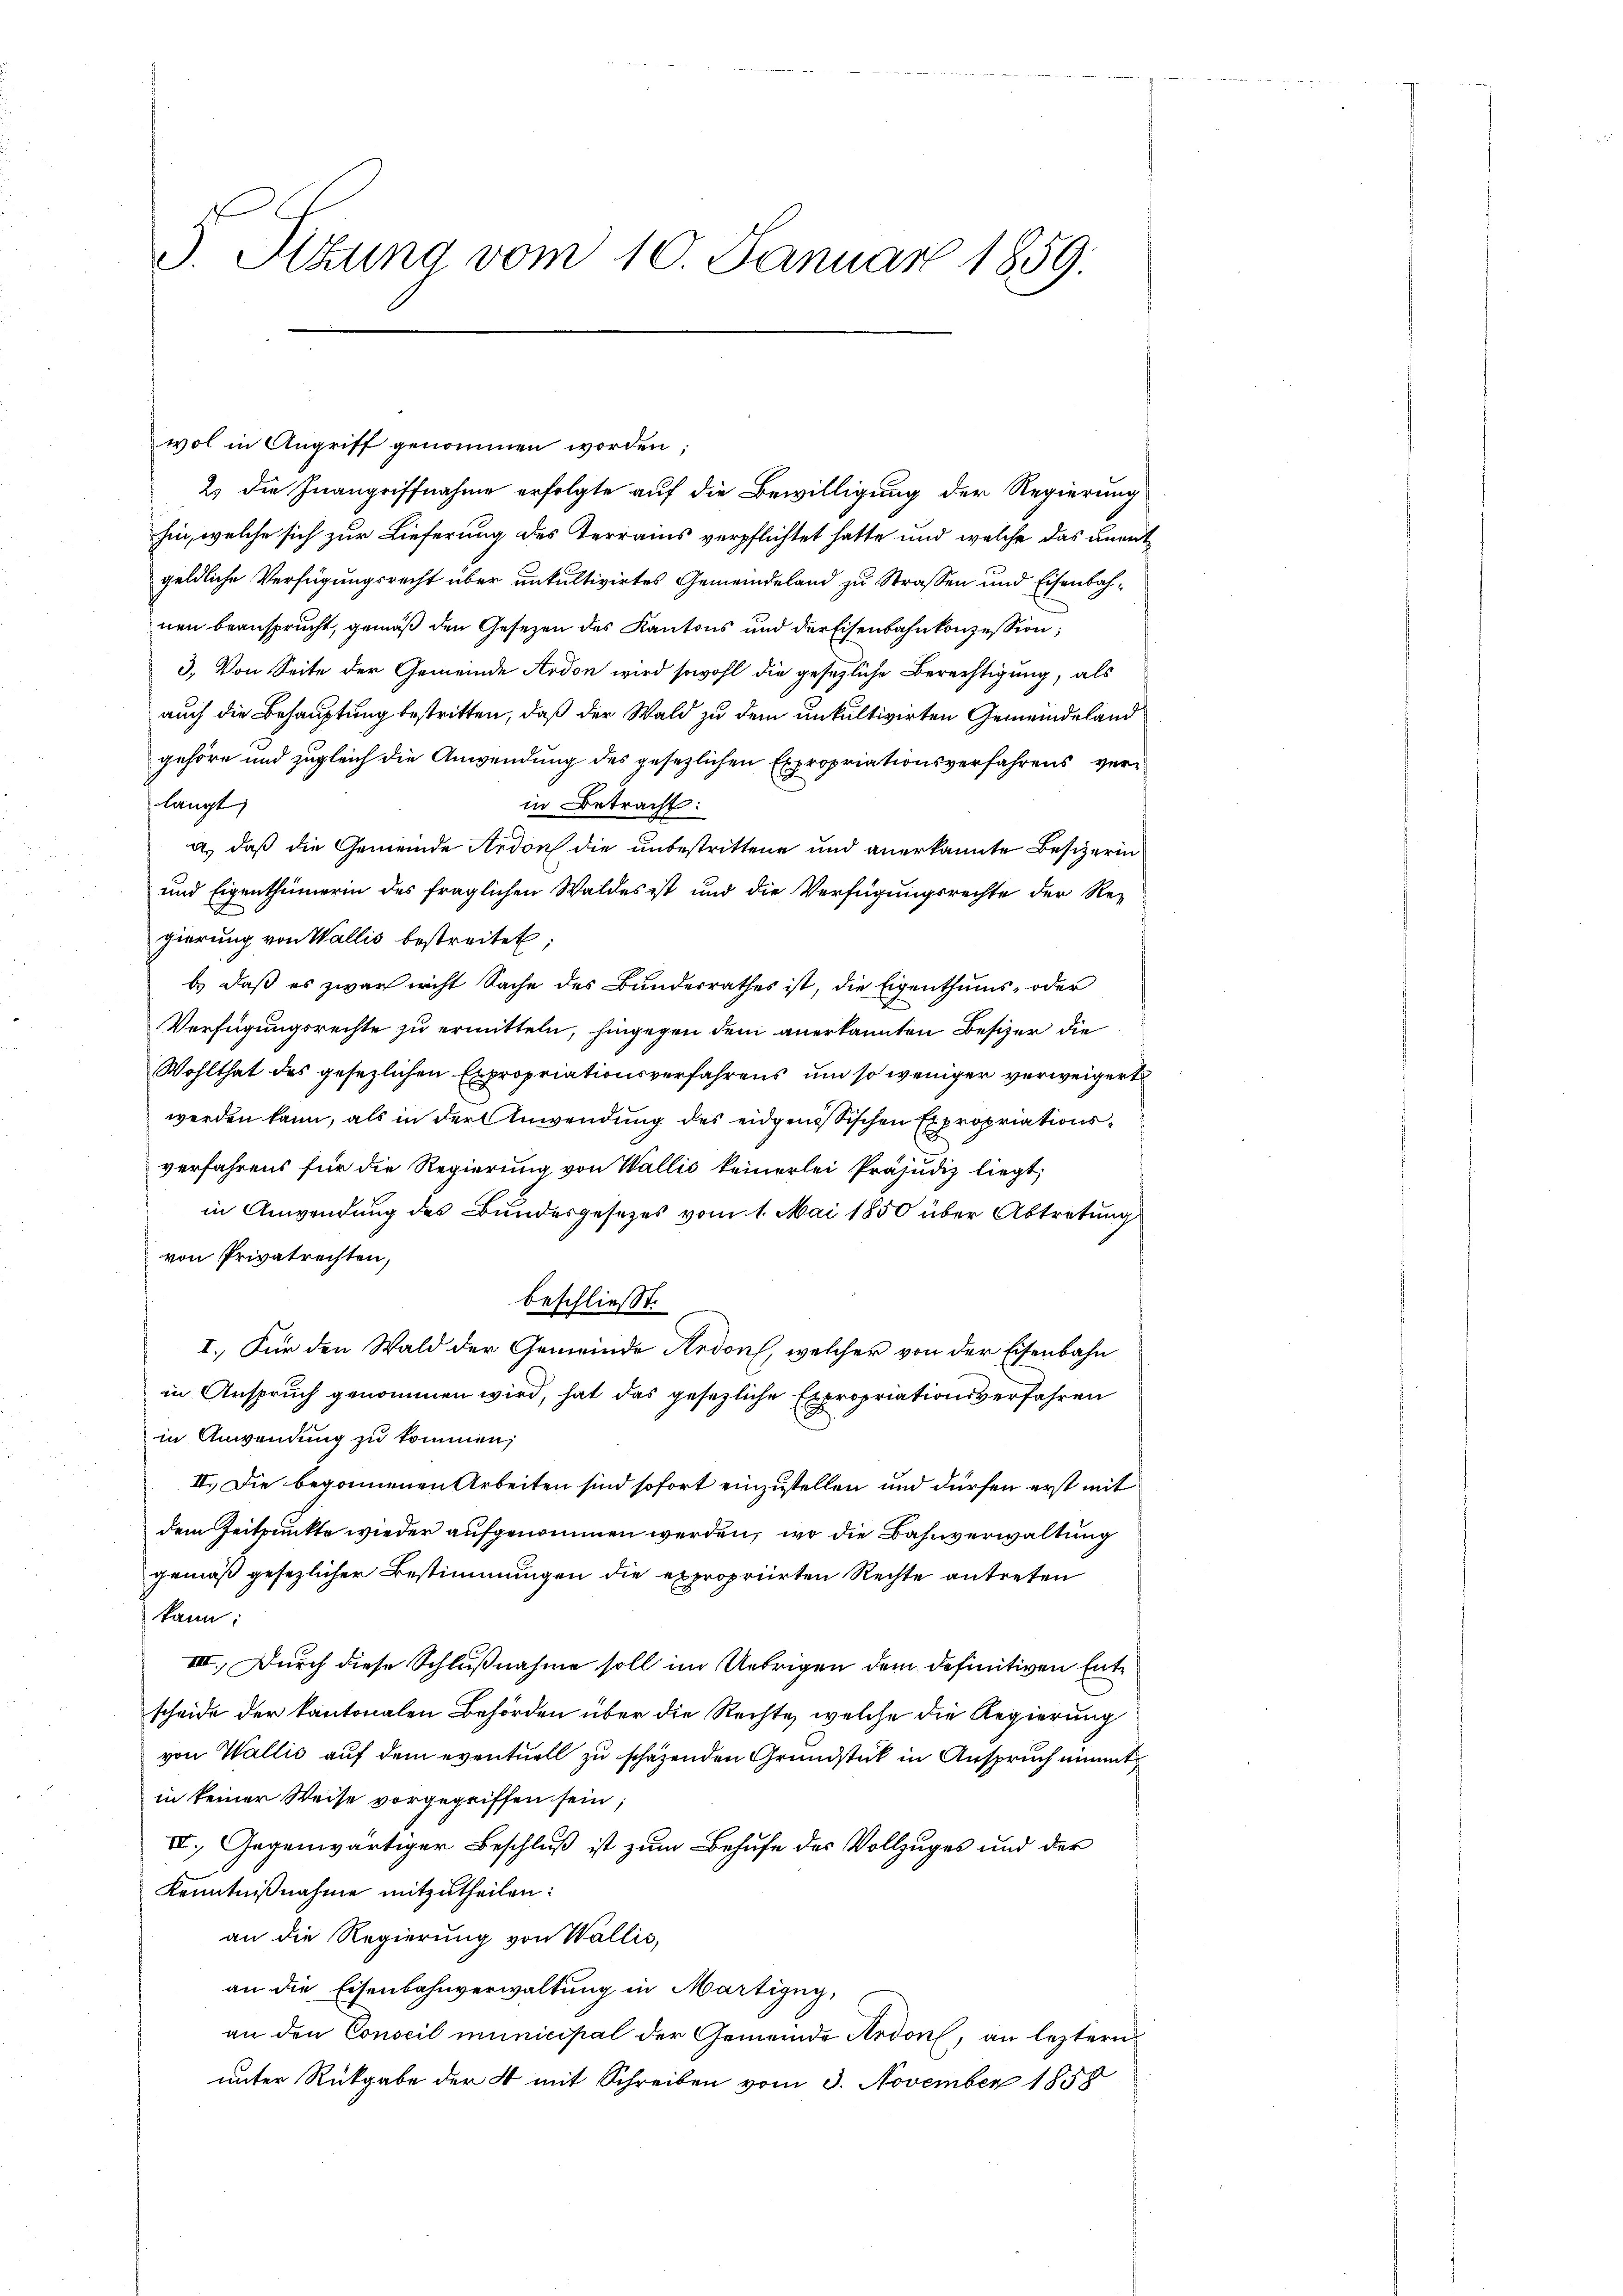
3. Sitzung vom 10. Januar 1859.

wol in Angriff genommen worden;
2) die Inangriffnahme erfolgte auf die Bewilligung der Regierung
hin, welche sich zur Lieferung des Terrains verpflichtet hatte und welche das unentgeldliche Verfügungsrecht über unkultivirtes Gemeindeland zu Strassen und Eisenbahnen beansprucht, gemäß den Gesezen des Kantons und der Eisenbahnkonzession;
3. Von Seite der Gemeinde Ardon wird sowohl die gesezliche Berechtigung, als
auch die Behauptung bestritten, daß der Wald zu dem unkultivirten Gemeindeland
gehöre und zugleich die Anwendung des gesezlichen Expropriationsverfahrens verlangt
in Betracht:
a.) daß die Gemeinde Ardon die unbestrittene und anerkannte Bescherin
und Eigenthümerin des fraglichen Waldes ist und die Verfügungsrechte der Re-
gierung von Wallis bestreitet;
b) daß es zwar nicht Sache des Bundesrathes ist, die Eigenthums- oder
Verfügungsrechte zu ermitteln, hingegen dem anerkannten Besizer die
Wohlthat des gesezlichen Expropriationsverfahrens um so weniger verweigert
werden kann, als in der Anwendung des eidgenössischen Expropriationsverfahrens für die Regierung von Wallis keinerlei Präjudiz liegt,
in Anwendung des Bundesgesetzes vom 1. Mai 1850 über Abtretung
von Privatrechten,
beschließt:
I. Für den Wald der Gemeinde Redon, welcher von der Eisenbahn
in Anspruch genommen wird, hat das gesezliche Expropriationsverfahren
in Anwendung zu kommen;
II. Die begonnenen Arbeiten sind sofort einzustellen und dürfen erst mit
dem Zeitpunkte wieder aufgenommen werden, wo die Bahnverwaltung
gemäß gesezlicher Bestimmungen die expropriirten Rechte antreten
kann:
VIII. Durch diese Schlußnahme soll im Uebrigen dem definitiven Entscheide der kantonalen Behörden über die Rechte, welche die Regierung
von Wallis auf dem eventuell zu schäzenden Grundstück in Anspruch nimmt
in keiner Weise vorgegriffen sein;
IV. Gegenwärtiger Beschluß ist zum Behufe des Vollzuges und der
Kenntnißnahme mitzutheilen:
an die Regierung von Wallis,
an die Eisenbahnverwaltung in Martigny,
an den Conseil municipal der Gemeinde Ardon, an leztern
unter Rückgabe der 4 mit Schreiben vom 3. November 1858